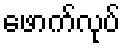
ဖောက်လုပ်